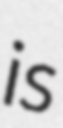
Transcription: is